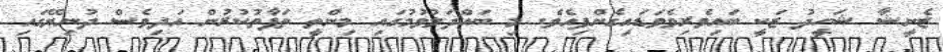
ޒެނީޝާ ޝަހީދު ޒަކީ ބައިވެރިވެވަޑައިގެންފިއެވެ. މި ބައްދަލުވުމުގައި މިންތީ ތަފާތުކުރުން އަދިވެސް ދުނިޔޭގައި